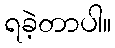
ရခဲ့တာပါ။